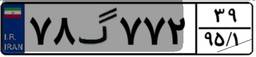
۷۸گ۷۷۲۳۹